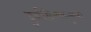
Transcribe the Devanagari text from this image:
दुर्लक्षिल्यामुळेही